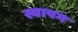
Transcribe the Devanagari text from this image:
स्वापम